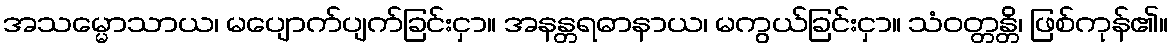
အသမ္မောသာယ၊ မပျောက်ပျက်ခြင်းငှာ။ အနန္တရဓာနာယ၊ မကွယ်ခြင်းငှာ။ သံဝတ္တန္တိ၊ ဖြစ်ကုန်၏။